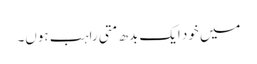
میں خود ایک بدھ متی راہب ہوں۔